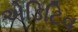
એડિટિવ